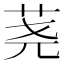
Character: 荛